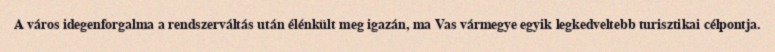
A város idegenforgalma a rendszerváltás után élénkült meg igazán, ma Vas vármegye egyik legkedveltebb turisztikai célpontja.